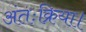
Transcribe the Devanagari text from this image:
अंतःक्रिया।